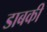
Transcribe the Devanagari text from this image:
डाबकी